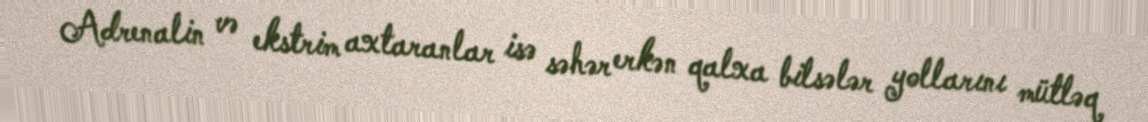
Adrenalin və ekstrim axtaranlar isə səhər erkən qalxa bilsələr yollarını mütləq